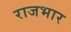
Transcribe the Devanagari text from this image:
राजभार